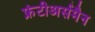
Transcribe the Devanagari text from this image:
फ्रंटीअर्समैन